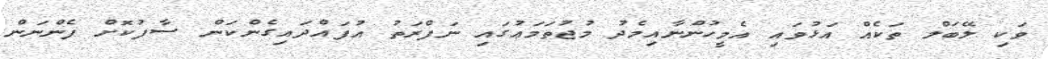
ވަކި ލޭބަލް ތަކެއް އަޅުވައި އެމީހުންނާއިމެދު މުޖުތަމަޢުގައި ނަފްރަތު އުފައްދައިގެންކަން ސާފުކޮށް ފެންނަން